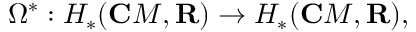
\Omega ^ { \ast } : H _ { \ast } ( { \bf C } M , { \bf R } ) \rightarrow H _ { \ast } ( { \bf C } M , { \bf R } ) ,